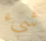
شيء